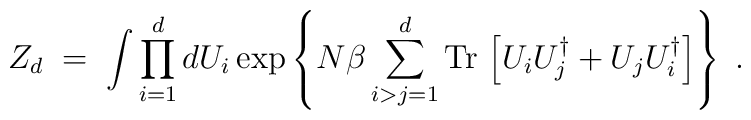
Z_d\;=\; \int \prod_{i=1}^d d U_i\exp \left\{ N\beta \sum_{i>j=1}^d{\rm Tr} \, \left[ U_i U^\dagger_j + U_j U_i^\dagger\right]\right\}\;.